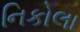
નિકોલા